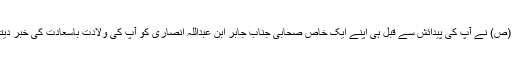
رسول اسلام حضرت محمد مصطفی (ص) نے آپ کی پیدائش سے قبل ہی اپنے ایک خاص صحابی جناب جابر ابن عبداللہ انصاری کو آپ کی ولادت باسعادت کی خبر دیتے ہوئے آپ کو باقر کا لقب دیا تھا ۔